Civil Veterinary Department Bihar reports 1940-50 - 1940-1950
Year: 1940
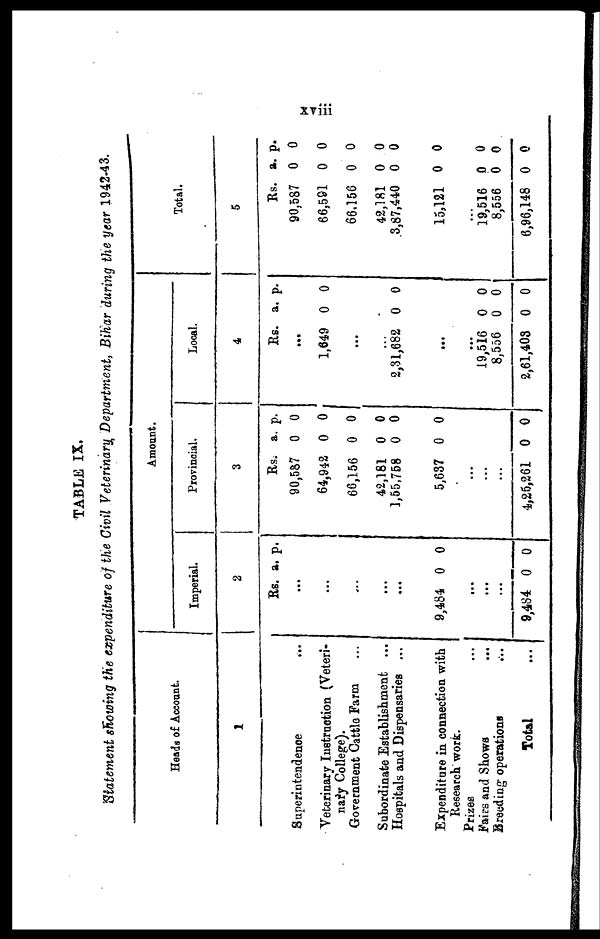
xviii
TABLE IX.
Statement showing the expenditure of the Civil Veterinary Department, Bihar during the year 1942-43.
Heads of Account.
1
Superintendence ...
Veterinary Instruction (Veteri-
nary College).
Government Cattle Farm ...
Subordinate Establishment ...
Hospitals and Dispensaries ...
Expenditure in connection with
Research work.
Prizes
...
Fairs and Shows
...
Breeding operations
...
Total ...
Amount.
Imper
ial.
2
Rs.
...
...
...
...
...
9,484
...
...
...
9,484
a.
0
0
p.
0
0
Provincia
l.
3
Rs.
90,587
64,942
66,156
42,181
1,55,758
5,637
...
...
...
4,25,261
a.
0
0
0
0
0
0
0
p.
0
0
0
0
0
0
0
Local.
4
Rs.
...
1,649
...
...
2,31,682
...
...
19,516
8,556
2,61,403
a.
0
0
0
0
0
p.
0
0
0
0
0
Total.
5
Rs.
90,587
66,591
66,156
42,181
3,87,440
15,121
...
19,516
8,556
6,96,148
a.
0
0
0
0
0
0
0
0
0
p.
0
0
0
0
0
0
0
0
0